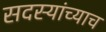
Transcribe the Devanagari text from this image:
सदस्यांच्याच